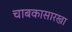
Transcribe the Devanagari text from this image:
चाबकासारखा